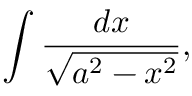
\int { \frac { d x } { \sqrt { a ^ { 2 } - x ^ { 2 } } } } ,